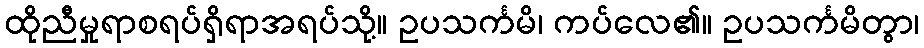
ထိုညီမှုရာစရပ်ရှိရာအရပ်သို့။ ဥပသင်္ကမိ၊ ကပ်လေ၏။ ဥပသင်္ကမိတွာ၊